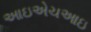
આઇએચઆઇ